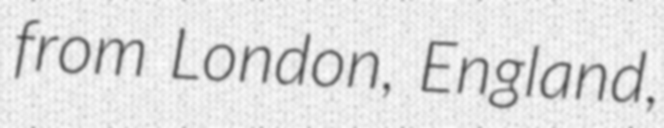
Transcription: from London, England,